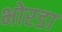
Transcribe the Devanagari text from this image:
भोरडा